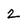
Character: 2